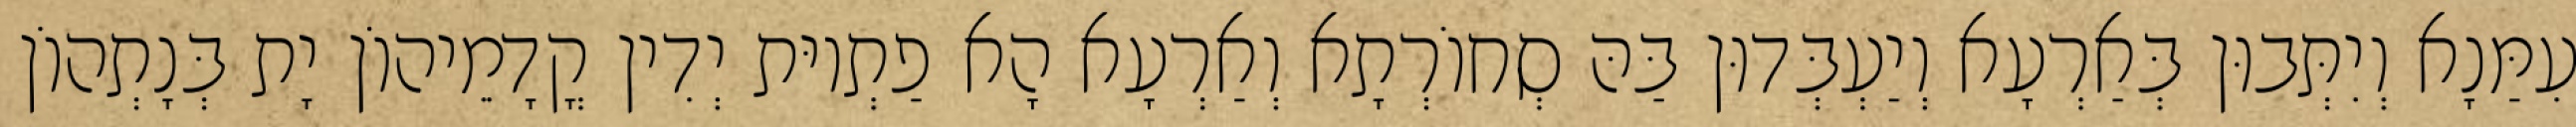
עִמַּנָא וְיִתְּבוּן בְּאַרְעָא וְיַעְבְּדוּן בַּהּ סְחוֹרְתָא וְאַרְעָא הָא פַתְיוּת יְדִין קֳדָמֵיהוֹן יָת בְּנָתְהוֹן